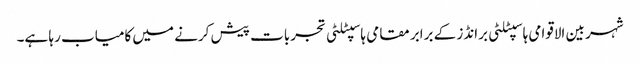
شہر بین الاقوامی ہاسپٹلٹی برانڈز کے برابر مقامی ہاسپٹلٹی تجربات پیش کرنے میں کامیاب رہا ہے۔